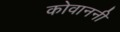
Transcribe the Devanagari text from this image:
कोवाननी